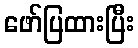
ဖော်ပြထားပြီး